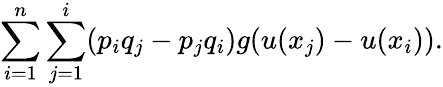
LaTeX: \sum_{i=1}^{n}\sum_{j=1}^{i}(p_{i}q_{j}-p_{j}q_{i})g(u(x_{j})-u(x_{i})).